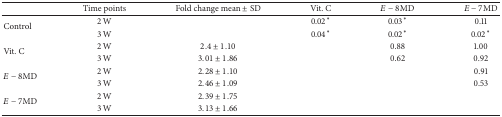
<table><thead><tr><td><b> </b></td><td><b>Time points</b></td><td><b>Fold change mean ± SD</b></td><td><b>Vit. C</b></td><td><b><i>E</i> − 8MD</b></td><td><b><i>E</i> − 7MD</b></td></tr></thead><tbody><tr><td rowspan="2">Control</td><td>2 W</td><td> </td><td>0.02<sup><i>∗</i></sup></td><td>0.03<sup><i>∗</i></sup></td><td>0.11</td></tr><tr><td>3 W</td><td> </td><td>0.04<sup><i>∗</i></sup></td><td>0.02<sup><i>∗</i></sup></td><td>0.02<sup><i>∗</i></sup></td></tr><tr><td rowspan="2">Vit. C</td><td>2 W</td><td>2.4 ± 1.10</td><td> </td><td>0.88</td><td>1.00</td></tr><tr><td>3 W</td><td>3.01 ± 1.86</td><td> </td><td>0.62</td><td>0.92</td></tr><tr><td rowspan="2"><i>E</i> − 8MD</td><td>2 W</td><td>2.28 ± 1.10</td><td> </td><td> </td><td>0.91</td></tr><tr><td>3 W</td><td>2.46 ± 1.09</td><td> </td><td> </td><td>0.53</td></tr><tr><td rowspan="2"><i>E</i> − 7MD</td><td>2 W</td><td>2.39 ± 1.75</td><td> </td><td> </td><td> </td></tr><tr><td>3 W</td><td>3.13 ± 1.66</td><td> </td><td> </td><td> </td></tr></tbody></table>